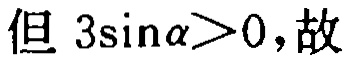
但 \(3\sin\alpha>0\)，故